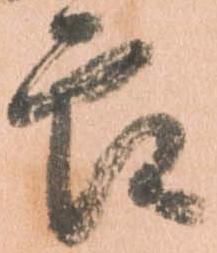
郎